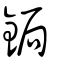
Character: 鋦